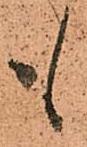
も